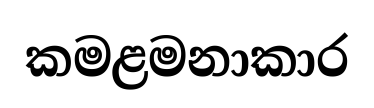
කමළමනාකාර